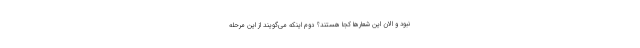
نبود و الان این شعارها کجا هستند؟ دوم اینکه می‌گویند از این مرحله